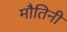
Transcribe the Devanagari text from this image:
मौतिनी